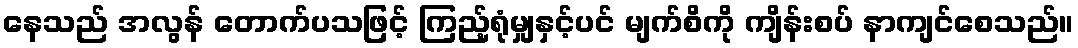
နေသည် အလွန် တောက်ပသဖြင့် ကြည့်ရုံမျှနှင့်ပင် မျက်စိကို ကျိန်းစပ် နာကျင်စေသည်။